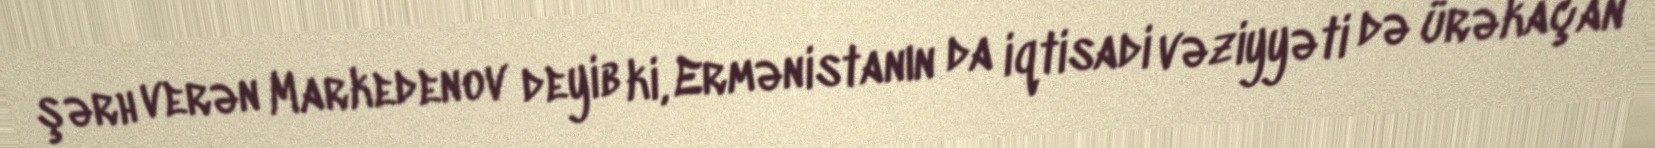
şərh verən Markedenov deyib ki, Ermənistanın da iqtisadi vəziyyəti də ürəkaçan